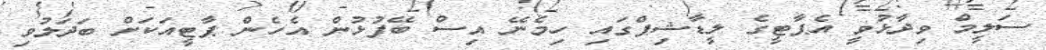
ސަލީމް ވިދާޅުވީ އެޕާޓީގެ ލީޑާޝިޕްގައި ހިމެނޭ އިސް ބޭފުޅުން އެހެން ޕާޓީއަކަށް ބަދަލުވި